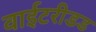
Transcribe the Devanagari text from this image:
वाईटरीडड